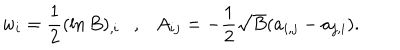
w _ { i } = \frac 1 2 ( \ln B ) _ { , i } , A _ { i j } = - \frac 1 2 \sqrt { B } ( a _ { i , j } - a _ { j , i } ) .